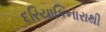
દરિયાકિનારાથી